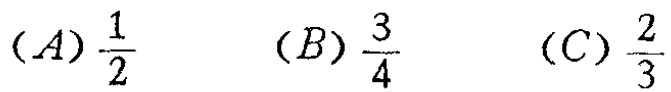
$(A)\frac{1}{2}\quad (B)\frac{3}{4}\quad (C)\frac{2}{3}$